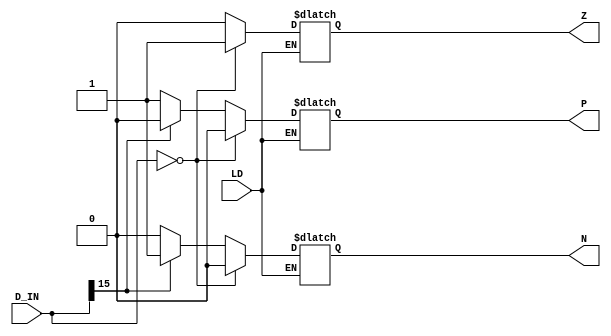
//--------------------------------------------------------------------------------------------
//      Component name  : nzp
//      Description     : The condition register : stores the sign of the input value    
//--------------------------------------------------------------------------------------------


module nzp(D_IN, LD, N, Z, P);
   input [15:0] D_IN;
   input        LD;
   output reg   N;
   output reg   Z;
   output reg   P;

   always @( LD,D_IN )
   begin
      if(LD==1) begin 
         if (D_IN == 16'b0000000000000000) begin
            N  <= 1'b0;
            Z  <= 1'b1;
            P  <= 1'b0;         
         end
         else if (D_IN[15] == 1'b1) begin
            N  <= 1'b1;
            Z  <= 1'b0;
            P  <= 1'b0;         
         end
         else begin
            N  <= 1'b0;
            Z  <= 1'b0;
            P  <= 1'b1;          
         end
      end
      else begin
         N <= N;
         Z <= Z;
         P <= P;
      end
   end
endmodule

module nzp_tb;
   reg [ 15:0 ] D_IN;
   reg LD;
   wire N,Z,P;

   nzp U_nzp(D_IN,LD,N,Z,P);

   initial begin
      $monitor("D_IN = %h ,LD = %h, N=%b,Z=%b,P=%b",D_IN,LD,N,Z,P );
      D_IN = 16'hf011;
      LD = 1;
      #10 LD = 0;
      #10 D_IN = 16'h0111;
      #10 LD = 1;
      #10 LD = 0;
      #10 D_IN = 16'h0000;
      #10 LD = 1;
   end
   
endmodule